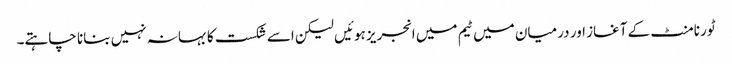
ٹورنامنٹ کے آغاز اور درمیان میں ٹیم میں انجریز ہوئیں لیکن اسے شکست کا بہانہ نہیں بنانا چاہتے۔